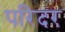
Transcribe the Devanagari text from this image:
परिदर